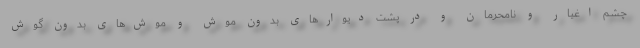
چشم اغیار و نامحرمان و در پشت دیوارهای بدون موش و موش‌های بدون گوش